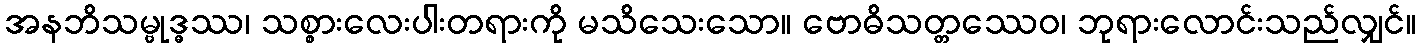
အနဘိသမ္ဗုဒ္ဓဿ၊ သစ္စားလေးပါးတရားကို မသိသေးသော။ ဗောဓိသတ္တဿေဝ၊ ဘုရားလောင်းသည်လျှင်။